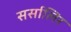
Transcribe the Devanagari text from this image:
सर्सालिर